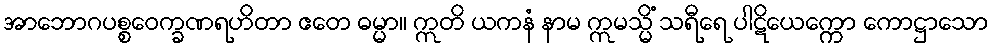
အာဘောဂပစ္စဝေက္ခဏရဟိတာ ဧတေ ဓမ္မာ။ ဣတိ ယကနံ နာမ ဣမသ္မိံ သရီရေ ပါဋိယေက္ကော ကောဋ္ဌာသော